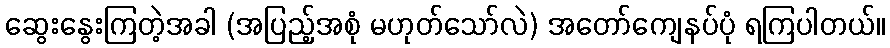
ဆွေးနွေးကြတဲ့အခါ (အပြည့်အစုံ မဟုတ်သော်လဲ) အတော်ကျေနပ်ပုံ ရကြပါတယ်။